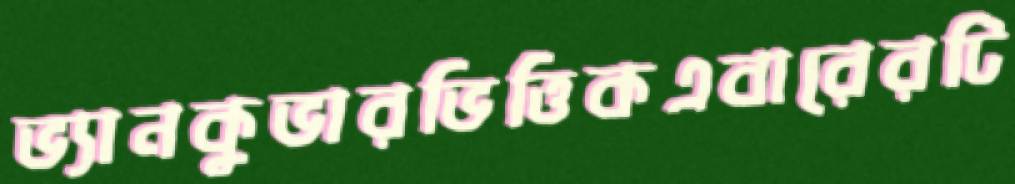
ভ্যানকুভারভিত্তিকএবারেরটি